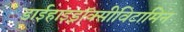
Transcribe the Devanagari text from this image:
डाईहाइड्रॉक्सीविटामिन